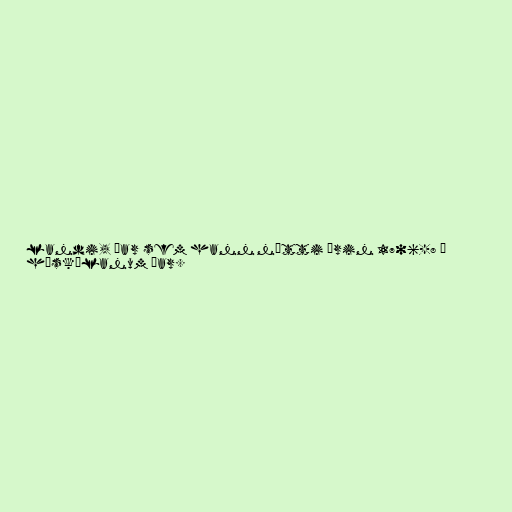
landi, þar sem hann nýtti árin 1706-8 í
háskólanum þar.